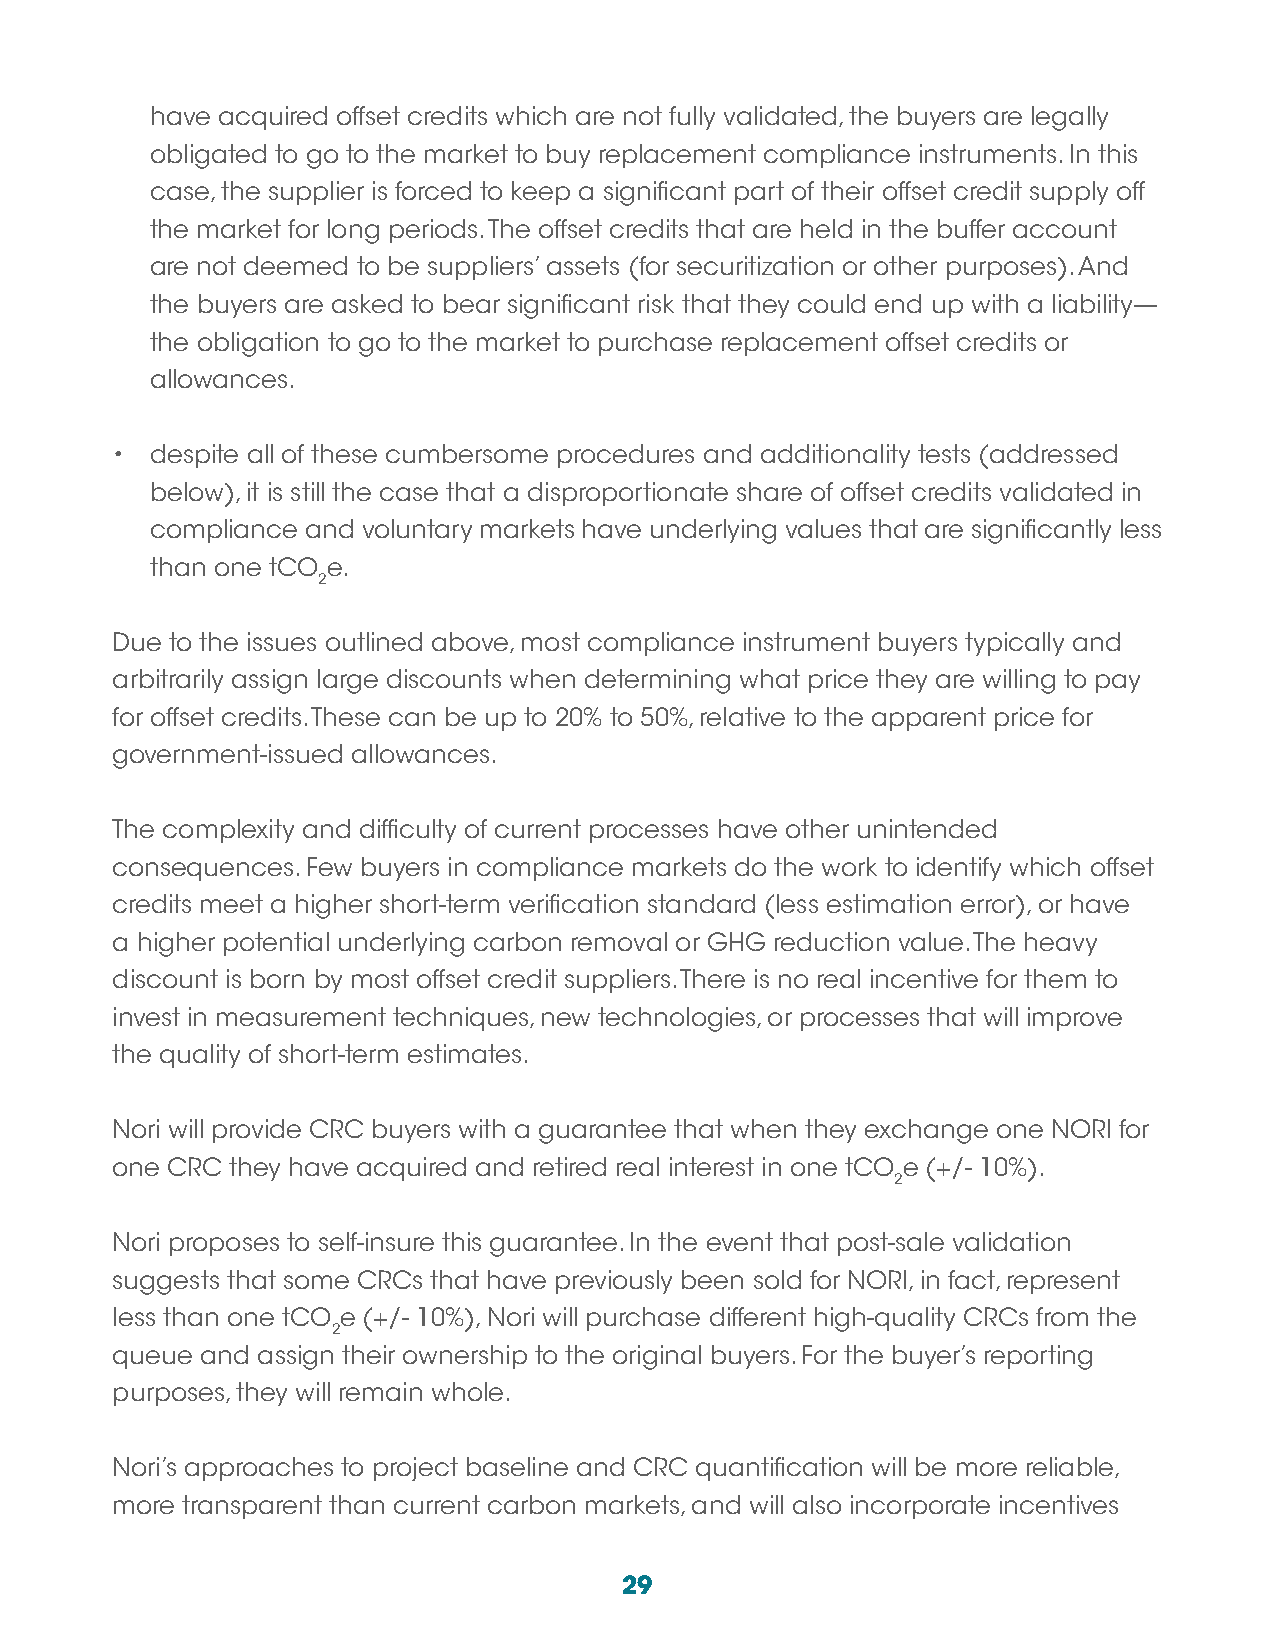
have acquired offset credits which are not fully validated, the buyers are legally
 obligated to go to the market to buy replacement compliance instruments. In this
 case, the supplier is forced to keep a significant part of their offset credit supply off
 the market for long periods. The offset credits that are held in the buffer account
 are not deemed to be suppliers’ assets (for securitization or other purposes). And
 the buyers are asked to bear significant risk that they could end up with a liability—
 the obligation to go to the market to purchase replacement offset credits or
 allowances.
 •  despite all of these cumbersome procedures and additionality tests (addressed
 below), it is still the case that a disproportionate share of offset credits validated in
 compliance and voluntary markets have underlying values that are significantly less
 than one tCO e.
 2
 Due to the issues outlined above, most compliance instrument buyers typically and
 arbitrarily assign large discounts when determining what price they are willing to pay
 for offset credits. These can be up to 20% to 50%, relative to the apparent price for
 government-issued allowances.
 The complexity and difficulty of current processes have other unintended
 consequences. Few buyers in compliance markets do the work to identify which offset
 credits meet a higher short-term verification standard (less estimation error), or have
 a higher potential underlying carbon removal or GHG reduction value. The heavy
 discount is born by most offset credit suppliers. There is no real incentive for them to
 invest in measurement techniques, new technologies, or processes that will improve
 the quality of short-term estimates.
 Nori will provide CRC buyers with a guarantee that when they exchange one NORI for
 one CRC they have acquired and retired real interest in one tCO e (+/- 10%).
 2
 Nori proposes to self-insure this guarantee. In the event that post-sale validation
 suggests that some CRCs that have previously been sold for NORI, in fact, represent
 less than one tCO e (+/- 10%), Nori will purchase different high-quality CRCs from the
 2
 queue and assign their ownership to the original buyers. For the buyer’s reporting
 purposes, they will remain whole.
 Nori’s approaches to project baseline and CRC quantification will be more reliable,
 more transparent than current carbon markets, and will also incorporate incentives
 29